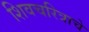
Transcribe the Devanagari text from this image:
शिवचरित्राचे